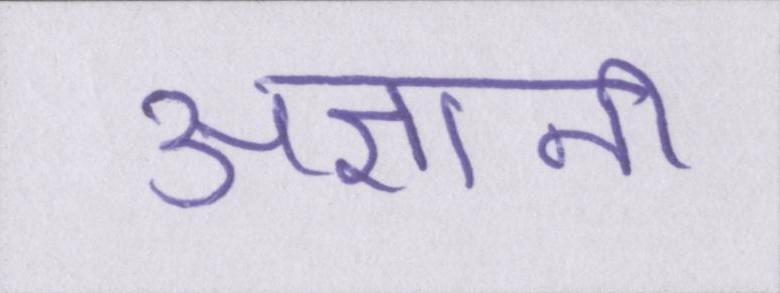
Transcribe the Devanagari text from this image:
अज्ञानी